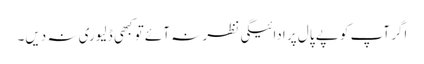
اگر آپ کو پے پال پر ادائیگی نظر نہ آئے تو کبھی ڈلیوری نہ دیں۔